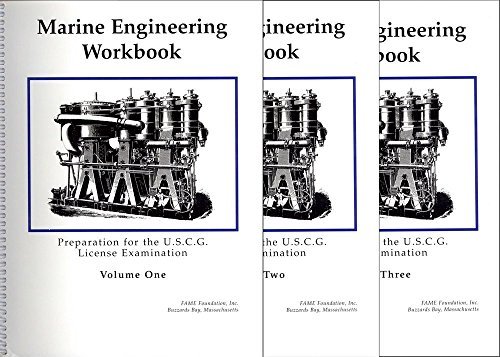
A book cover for Marine Engineering Workbook Set Volume 1, 2 & 3; FAME foundation Inc.; Engineering & Transportation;